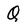
Character: Q